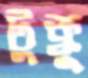
টুক্কু